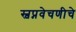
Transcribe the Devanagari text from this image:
स्वप्नवेचणीचे